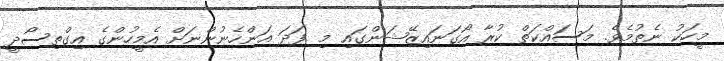
މީހަކު ނެތުމެވެ. މަސައްކަތް ކުރާ އޯގަނައިޒޭޝަންގައި މި ފަދަ އަންހެނުންނަށް އެމީހުންގެ އިގްތިސޯދީ